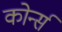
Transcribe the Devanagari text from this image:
कोर्न्स